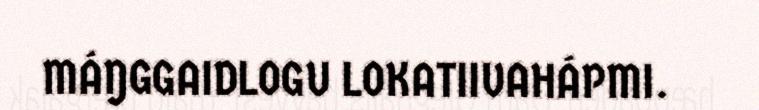
MÁŊGGAIDLOGU LOKATIIVAHÁPMI.